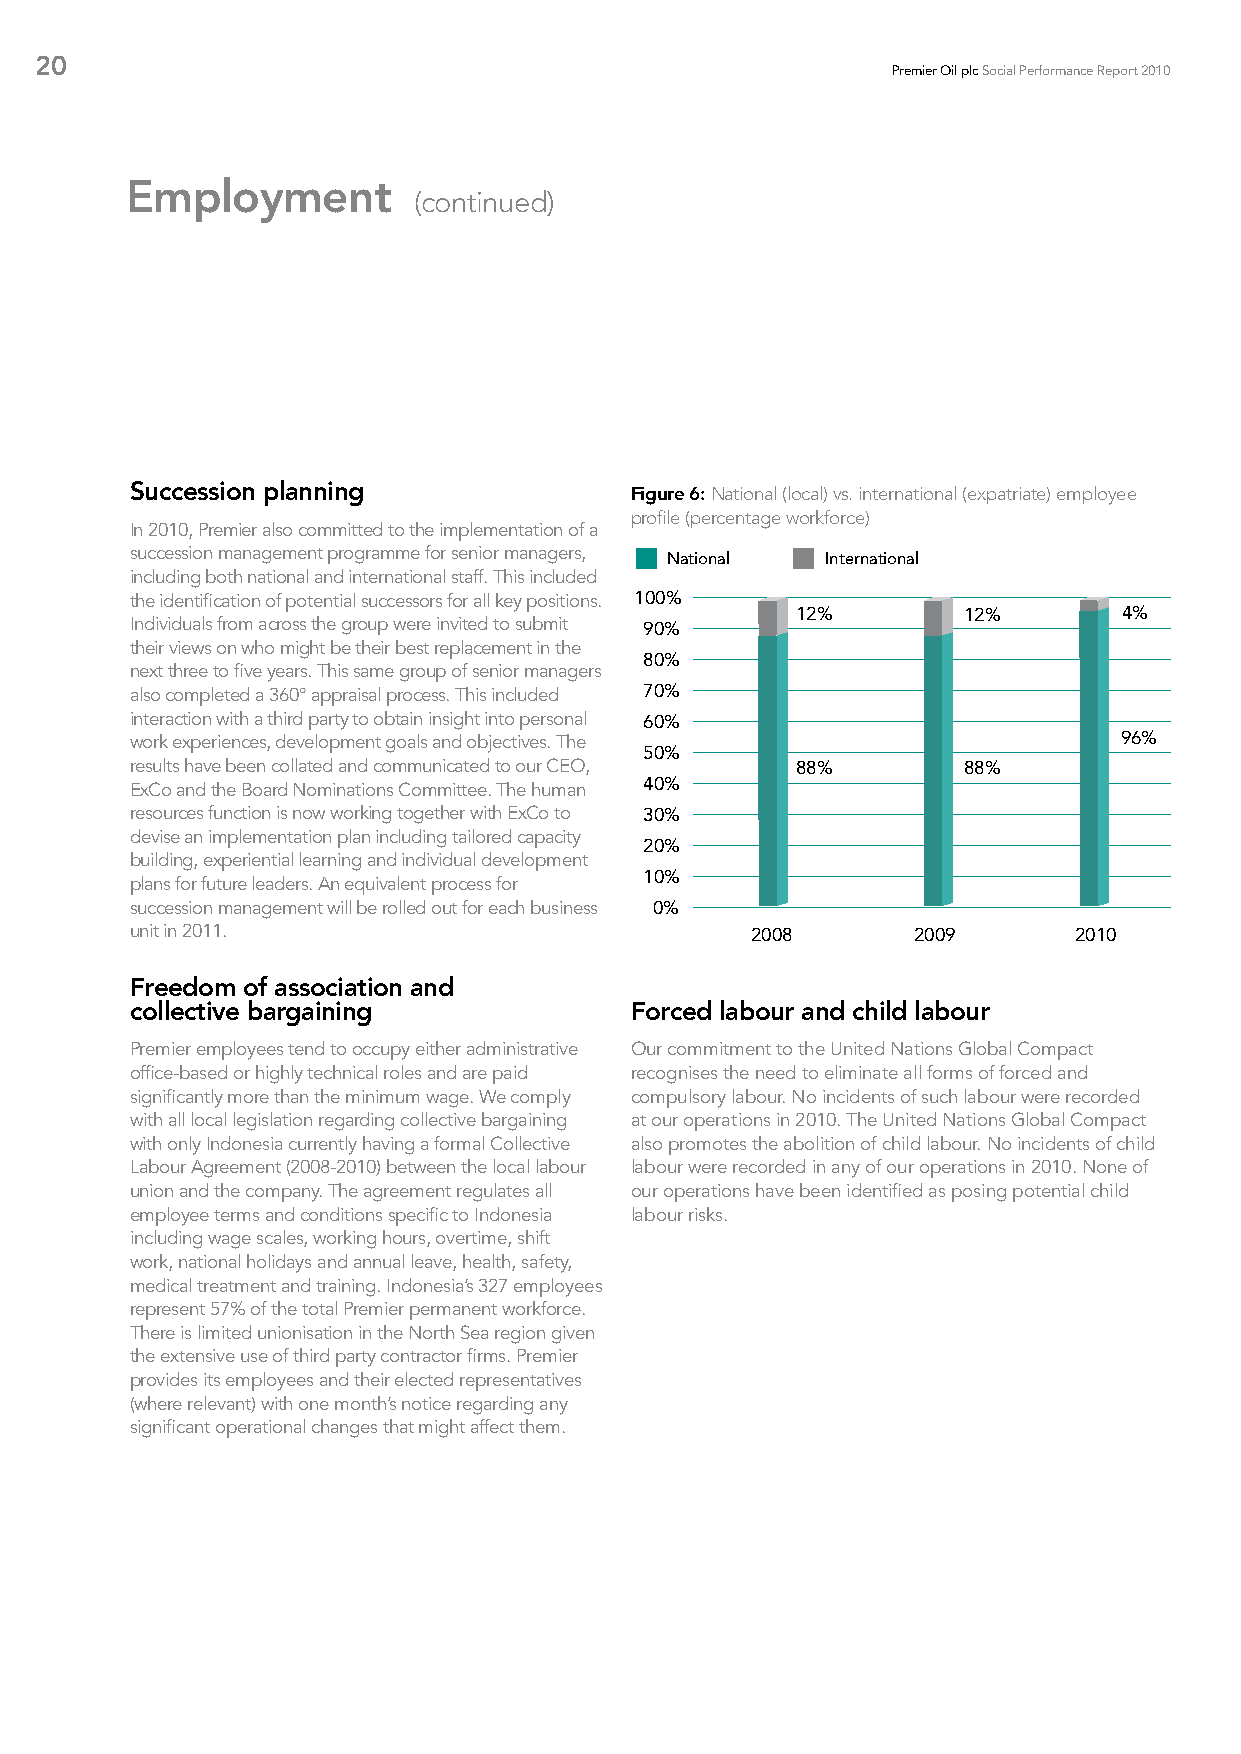
20
 Premier Oil plc Social Performance Report 2010
 Employment
 (continued)
 Succession planning              Figure 6: National (local) vs. international (expatriate) employee
 profile (percentage workforce)
 In 2010, Premier also committed to the implementation of a
 succession management programme for senior managers, National International
 including both national and international staff. This included
 the identification of potential successors for all key positions. 100%
 12%        12%       4%
 Individuals from across the group were invited to submit 90%
 their views on who might be their best replacement in the
 80%
 next three to five years. This same group of senior managers
 also completed a 360° appraisal process. This included 70%
 interaction with a third party to obtain insight into personal 60%
 work experiences, development goals and objectives. The          96%
 50%
 results have been collated and communicated to our CEO, 88% 88%
 ExCo and the Board Nominations Committee. The human 40%
 resources function is now working together with ExCo to 30%
 devise an implementation plan including tailored capacity
 20%
 building, experiential learning and individual development
 10%
 plans for future leaders. An equivalent process for
 succession management will be rolled out for each business 0%
 unit in 2011.                            2008      2009       2010
 Freedom of association and
 collective bargaining            Forced labour and child labour
 Premier employees tend to occupy either administrative Our commitment to the United Nations Global Compact
 office-based or highly technical roles and are paid recognises the need to eliminate all forms of forced and
 significantly more than the minimum wage. We comply compulsory labour. No incidents of such labour were recorded
 with all local legislation regarding collective bargaining at our operations in 2010. The United Nations Global Compact
 with only Indonesia currently having a formal Collective also promotes the abolition of child labour. No incidents of child
 Labour Agreement (2008-2010) between the local labour labour were recorded in any of our operations in 2010. None of
 union and the company. The agreement regulates all our operations have been identified as posing potential child
 employee terms and conditions specific to Indonesia labour risks.
 including wage scales, working hours, overtime, shift
 work, national holidays and annual leave, health, safety,
 medical treatment and training. Indonesia’s 327 employees
 represent 57% of the total Premier permanent workforce.
 There is limited unionisation in the North Sea region given
 the extensive use of third party contractor firms. Premier
 provides its employees and their elected representatives
 (where relevant) with one month’s notice regarding any
 significant operational changes that might affect them.